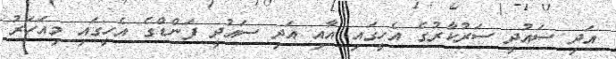
އަދި ސައުދީ ސަރުކާރުގެ އެހީގައި އާއި އަދި ސައުދީ ފަންޑްގެ އެހީގައި މިއަހަރު